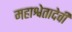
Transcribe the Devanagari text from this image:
महाश्वेतादेवी